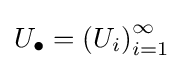
U_{\bullet }=\left(U_{i}\right)_{i=1}^{\infty }